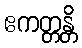
ဧကတ္တန္တိ